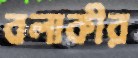
বলাকীর